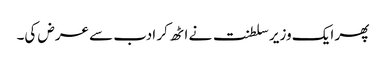
پھر ایک وزیر سلطنت نے اٹھ کر ادب سے عرض کی۔